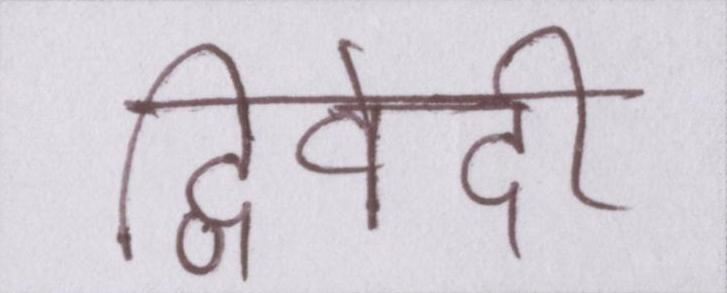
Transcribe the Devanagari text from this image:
द्विवेदी